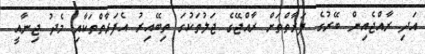
އަދި ރާއްޖެއިން ބޭރުގެ ފަރާތްތަށް ރާއްޖޭގެ ޖަލުތަކުގަ ތިބޭއިރު އެފަރާތްތަކާއި މެދު ޖިނާއީ